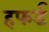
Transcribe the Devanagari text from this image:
हफर्ड